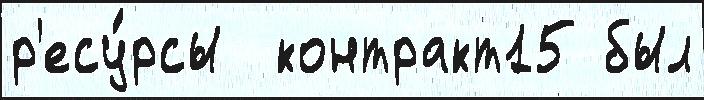
р'есу́рсы  контракт15 был